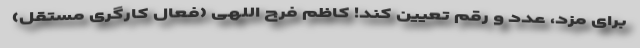
برای مزد، عدد و رقم تعیین کند! کاظم فرج اللهی (فعال کارگری مستقل)